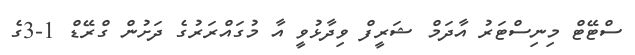
ސްޓޭޓް މިނިސްޓަރު އާދަމް ޝަރީފް ވިދާޅުވީ އާ މުގައްރަރުގެ ދަށުން ގްރޭޑް 1-3ގެ